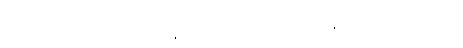
ပစ္စည်းများကို လျှို့ဝှက်သိမ်းဆည်းနိုင်သည့် ခုတင်အောက်သို့ မွှေနှောက်ရှာဖွေကြတော့သည်။